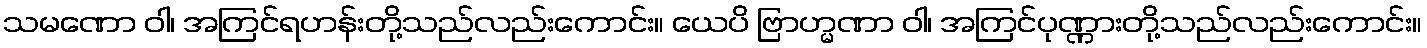
သမဏော ဝါ၊ အကြင်ရဟန်းတို့သည်လည်းကောင်း။ ယေပိ ဗြာဟ္မဏာ ဝါ၊ အကြင်ပုဏ္ဏားတို့သည်လည်းကောင်း။